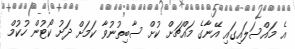
އެ މައްސަލައިގައި އޭނާގެ މައްޗަށް ކުށް ސާބިތުނުވާ ކަމަށް ދަށު ކޯޓުން ހުކުމް